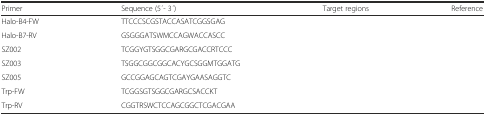
<table><thead><tr><td><b>Primer</b></td><td><b>Sequence (5 ́- 3 ́)</b></td><td><b>Target regions</b></td><td><b>Reference</b></td></tr></thead><tbody><tr><td>Halo-B4-FW</td><td>TTCCCSCGSTACCASATCGGSGAG</td><td>[EMPTY_CELL]</td><td rowspan="2">[EMPTY_CELL]</td></tr><tr><td>Halo-B7-RV</td><td>GSGGGATSWMCCAGWACCASCC</td><td>[EMPTY_CELL]</td></tr><tr><td>SZ002</td><td>TCGGYGTSGGCGARGCGACCRTCCC</td><td>[EMPTY_CELL]</td><td rowspan="3">[EMPTY_CELL]</td></tr><tr><td>SZ003</td><td>TSGGCGGCGGCACYGCSGGMTGGATG</td><td>[EMPTY_CELL]</td></tr><tr><td>SZ005</td><td>GCCGGAGCAGTCGAYGAASAGGTC</td><td>[EMPTY_CELL]</td></tr><tr><td>Trp-FW</td><td>TCGGSGTSGGCGARGCSACCKT</td><td>[EMPTY_CELL]</td><td rowspan="2">[EMPTY_CELL]</td></tr><tr><td>Trp-RV</td><td>CGGTRSWCTCCAGCGGCTCGACGAA</td><td>[EMPTY_CELL]</td></tr></tbody></table>